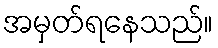
အမှတ်ရနေသည်။